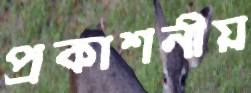
প্রকাশনীয়